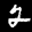
Label: 2